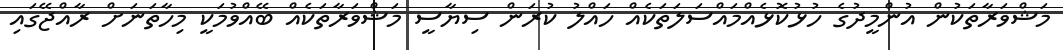
މަޝްވަރާތަކުން އުންމީދުގެ ހުޅުކޮޅެއްމައްސަލަތަކެއް ހައްލު ކުރަން ސިޔާސީ މަޝްވަރާތަކެއް ބޭއްވުމަކީ މިހާތަަނަށް ރާއްޖޭގައި